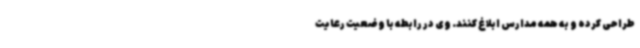
طراحی کرده و به همه مدارس ابلاغ کنند. وی در رابطه با وضعیت رعایت